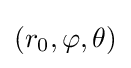
(r_{0},\varphi ,\theta )